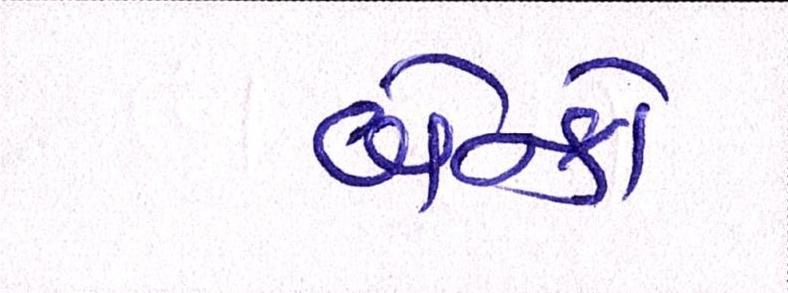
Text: બેન્કો